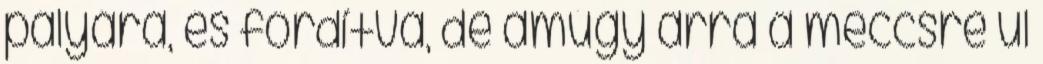
pályára, és fordítva, de amúgy arra a meccsre ül